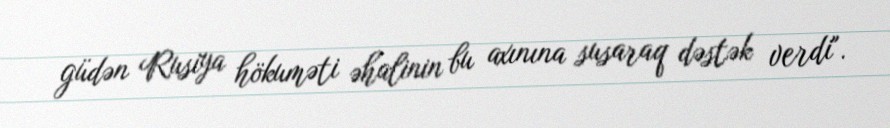
güdən Rusiya hökuməti əhalinin bu axınına susaraq dəstək verdi".